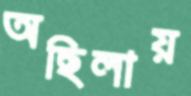
অছিলায়